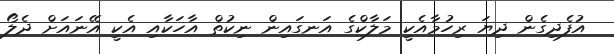
އުފެދިގެން ދިޔަ ރިހުމާއެކީ މަލާކްގެ އަނގައިން ނިކުތް އާހަކާއި އެކީ އޭނައަށް ދެލޯ